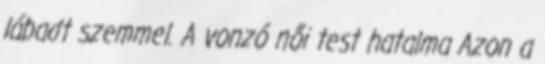
lábadt szemmel. A vonzó női test hatalma Azon a